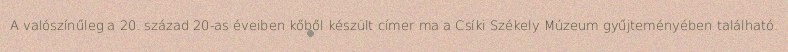
A valószínűleg a 20. század 20-as éveiben kőből készült címer ma a Csíki Székely Múzeum gyűjteményében található.